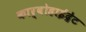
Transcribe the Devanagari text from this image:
कार्बोहाईद्रेट